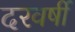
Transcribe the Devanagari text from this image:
दरवर्षी